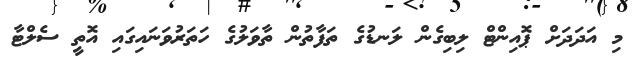
މި އަދަދަށް ޕޮއިންޓް ލިބިގެން ލަނޑުގެ ތަފާތުން ތާވަލުގެ ހަތަރުވަނައިގައި އޮތީ ސެލްޓާ